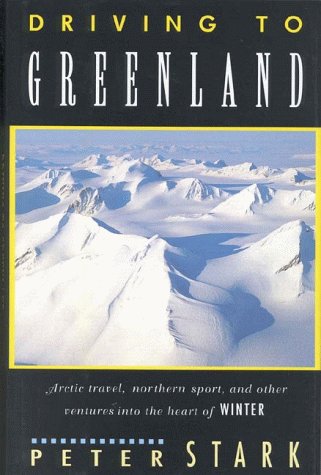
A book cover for Driving to Greenland; Peter Stark; Travel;